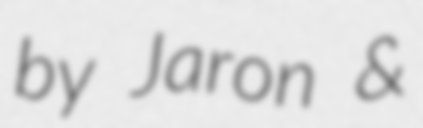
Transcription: by Jaron &